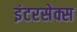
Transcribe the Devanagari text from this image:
इंटरसेक्स